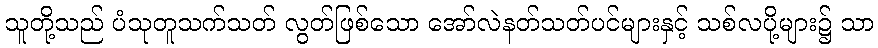
သူတို့သည် ပံသုတူသက်သတ် လွတ်ဖြစ်သော အော်လဲနတ်သတ်ပင်များနှင့် သစ်လပို့များ၌ သာ